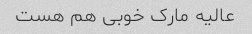
عالیه مارک خوبی هم هست